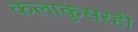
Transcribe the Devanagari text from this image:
कलाकुसरही